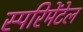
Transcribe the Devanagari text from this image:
स्परिमेंटेल